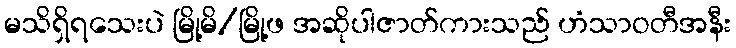
မသိရှိရသေးပဲ မြို့မိ/မြို့ဖ အဆိုပါဇာတ်ကားသည် ဟံသာဝတီအနီး